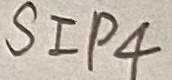
Text: SIP4